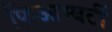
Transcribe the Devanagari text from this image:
फिआम्बर्टी